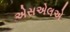
એસએલએ